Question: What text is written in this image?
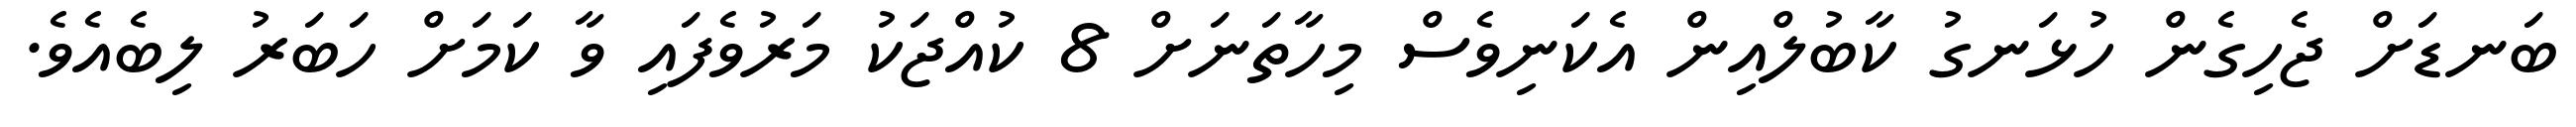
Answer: ބަނޑަށް ޖެހިގެން ހުޅަނގު ކާބުލްއިން އެކަނިވެސް މިހާތަނަށް 8 ކުއްޖަކު މަރުވެފައި ވާ ކަމަށް ހަބަރު ލިބެއެވެ.